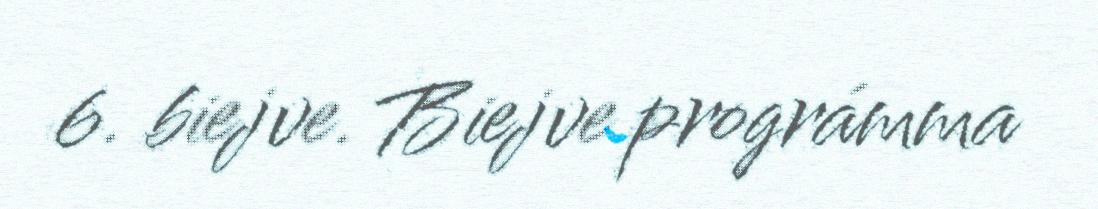
6. biejve. Biejve prográmma